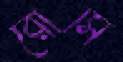
রোসি